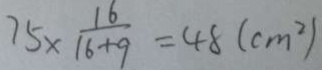
7 5 \times \frac { 1 6 } { 1 6 + 9 } = 4 8 ( c m ^ { 2 } )